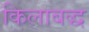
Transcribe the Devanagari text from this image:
किलाबद्ध